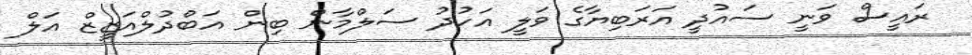
ރައީސް ވަނީ ސައުދީ އަރަބިޔާގެ ވަލީ އަހުދު ސަލްމާން ބިން އަބްދުލްއަޒީޒް އަލް